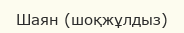
Шаян (шоқжұлдыз)